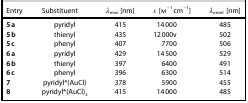
| Entry | Substituent | λmax [nm] | ε [m−1 cm−1] | λonset [nm] |
 | --- | --- | --- | --- | --- |
 | 5 a | pyridyl | 415 | 14 000 | 485 |
 | 5 b | thienyl | 435 | 12 000v | 502 |
 | 5 c | phenyl | 407 | 7700 | 506 |
 | 6 a | pyridyl | 429 | 14 500 | 529 |
 | 6 b | thienyl | 397 | 6400 | 491 |
 | 6 c | phenyl | 396 | 6300 | 514 |
 | 7 | pyridyl*(AuCl) | 378 | 5900 | 455 |
 | 8 | pyridyl*(AuCl)2 | 415 | 14 000 | 485 |